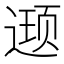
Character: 𮷥